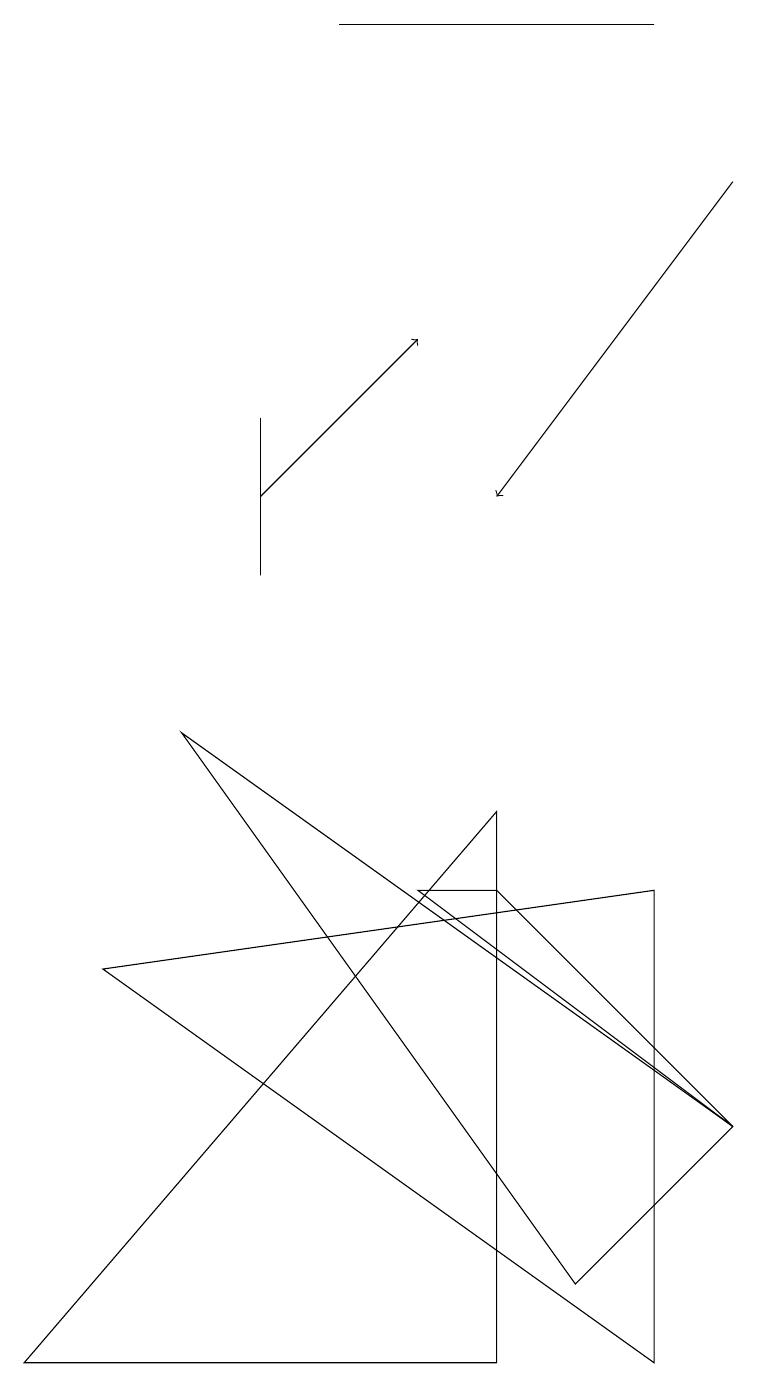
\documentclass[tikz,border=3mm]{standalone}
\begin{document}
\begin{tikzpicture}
\draw (5,7) -- (9,4) -- (6,7) -- cycle;
\draw (3,11) rectangle (3,13);
\draw (4,18) rectangle (8,18);
\draw (6,8) -- (6,1) -- (0,1) -- cycle;
\draw (1,6) -- (8,7) -- (8,1) -- cycle;
\draw[->] (9,16) -- (6,12);
\draw (7,2) -- (2,9) -- (9,4) -- cycle;
\draw[->] (3,12) -- (5,14);
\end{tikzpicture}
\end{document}